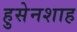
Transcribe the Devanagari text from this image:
हुसेनशाह